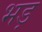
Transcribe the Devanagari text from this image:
भड़